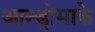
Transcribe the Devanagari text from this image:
आन्ड्रोमाके